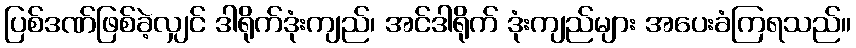
ပြစ်ဒဏ်ဖြစ်ခဲ့လျှင် ဒါရိုက်ဒုံးကျည်၊ အင်ဒါရိုက် ဒုံးကျည်များ အပေးခံကြရသည်။